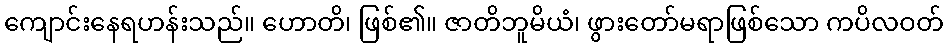
ကျောင်းနေရဟန်းသည်။ ဟောတိ၊ ဖြစ်၏။ ဇာတိဘူမိယံ၊ ဖွားတော်မရာဖြစ်သော ကပိလဝတ်